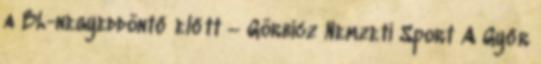
a BL-negyeddöntő előtt – Görbicz Nemzeti Sport A Győr